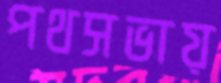
পথসভায়